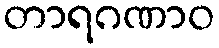
တာရဂဏာဝ